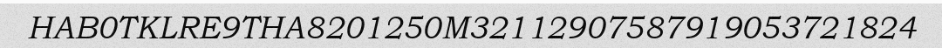
HAB0TKLRE9THA8201250M32112907587919053721824